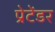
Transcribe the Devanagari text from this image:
प्रेटेंडर